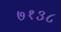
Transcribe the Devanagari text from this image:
७१३८